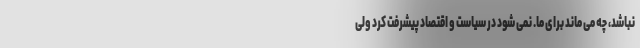
نباشد، چه می ماند برای ما. نمی شود در سیاست و اقتصاد پیشرفت کرد ولی